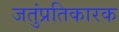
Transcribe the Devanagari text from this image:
जतुंप्रतिकारक